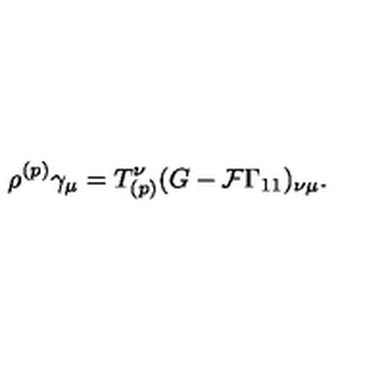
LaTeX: \rho ^ { ( p ) } \gamma _ { \mu } = T _ { ( p ) } ^ { \nu } ( G - { \cal F } \Gamma _ { 1 1 } ) _ { \nu \mu } .